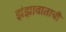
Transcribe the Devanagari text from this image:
झंझावाताची